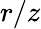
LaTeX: r/z